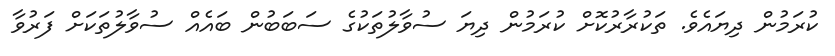
ކުރަމުން ދިޔައެވެ. ތަކުރާރުކޮށް ކުރަމުން ދިޔަ ސުވާލުތަކުގެ ސަބަބުން ބައެއް ސުވާލުތަކަށް ފަރުވާ